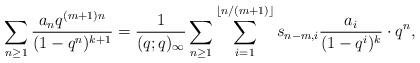
LaTeX: \begin{align*} \sum_{n \geq 1} \frac{a_n q^{(m+1)n}}{(1-q^n)^{k+1}} & = \frac{1}{(q; q)_{\infty}} \sum_{n \geq 1} \sum_{i=1}^{\lfloor n/(m+1) \rfloor} s_{n-m, i} \frac{a_i}{(1-q^i)^k} \cdot q^n, \end{align*}